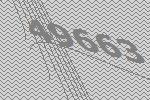
49663